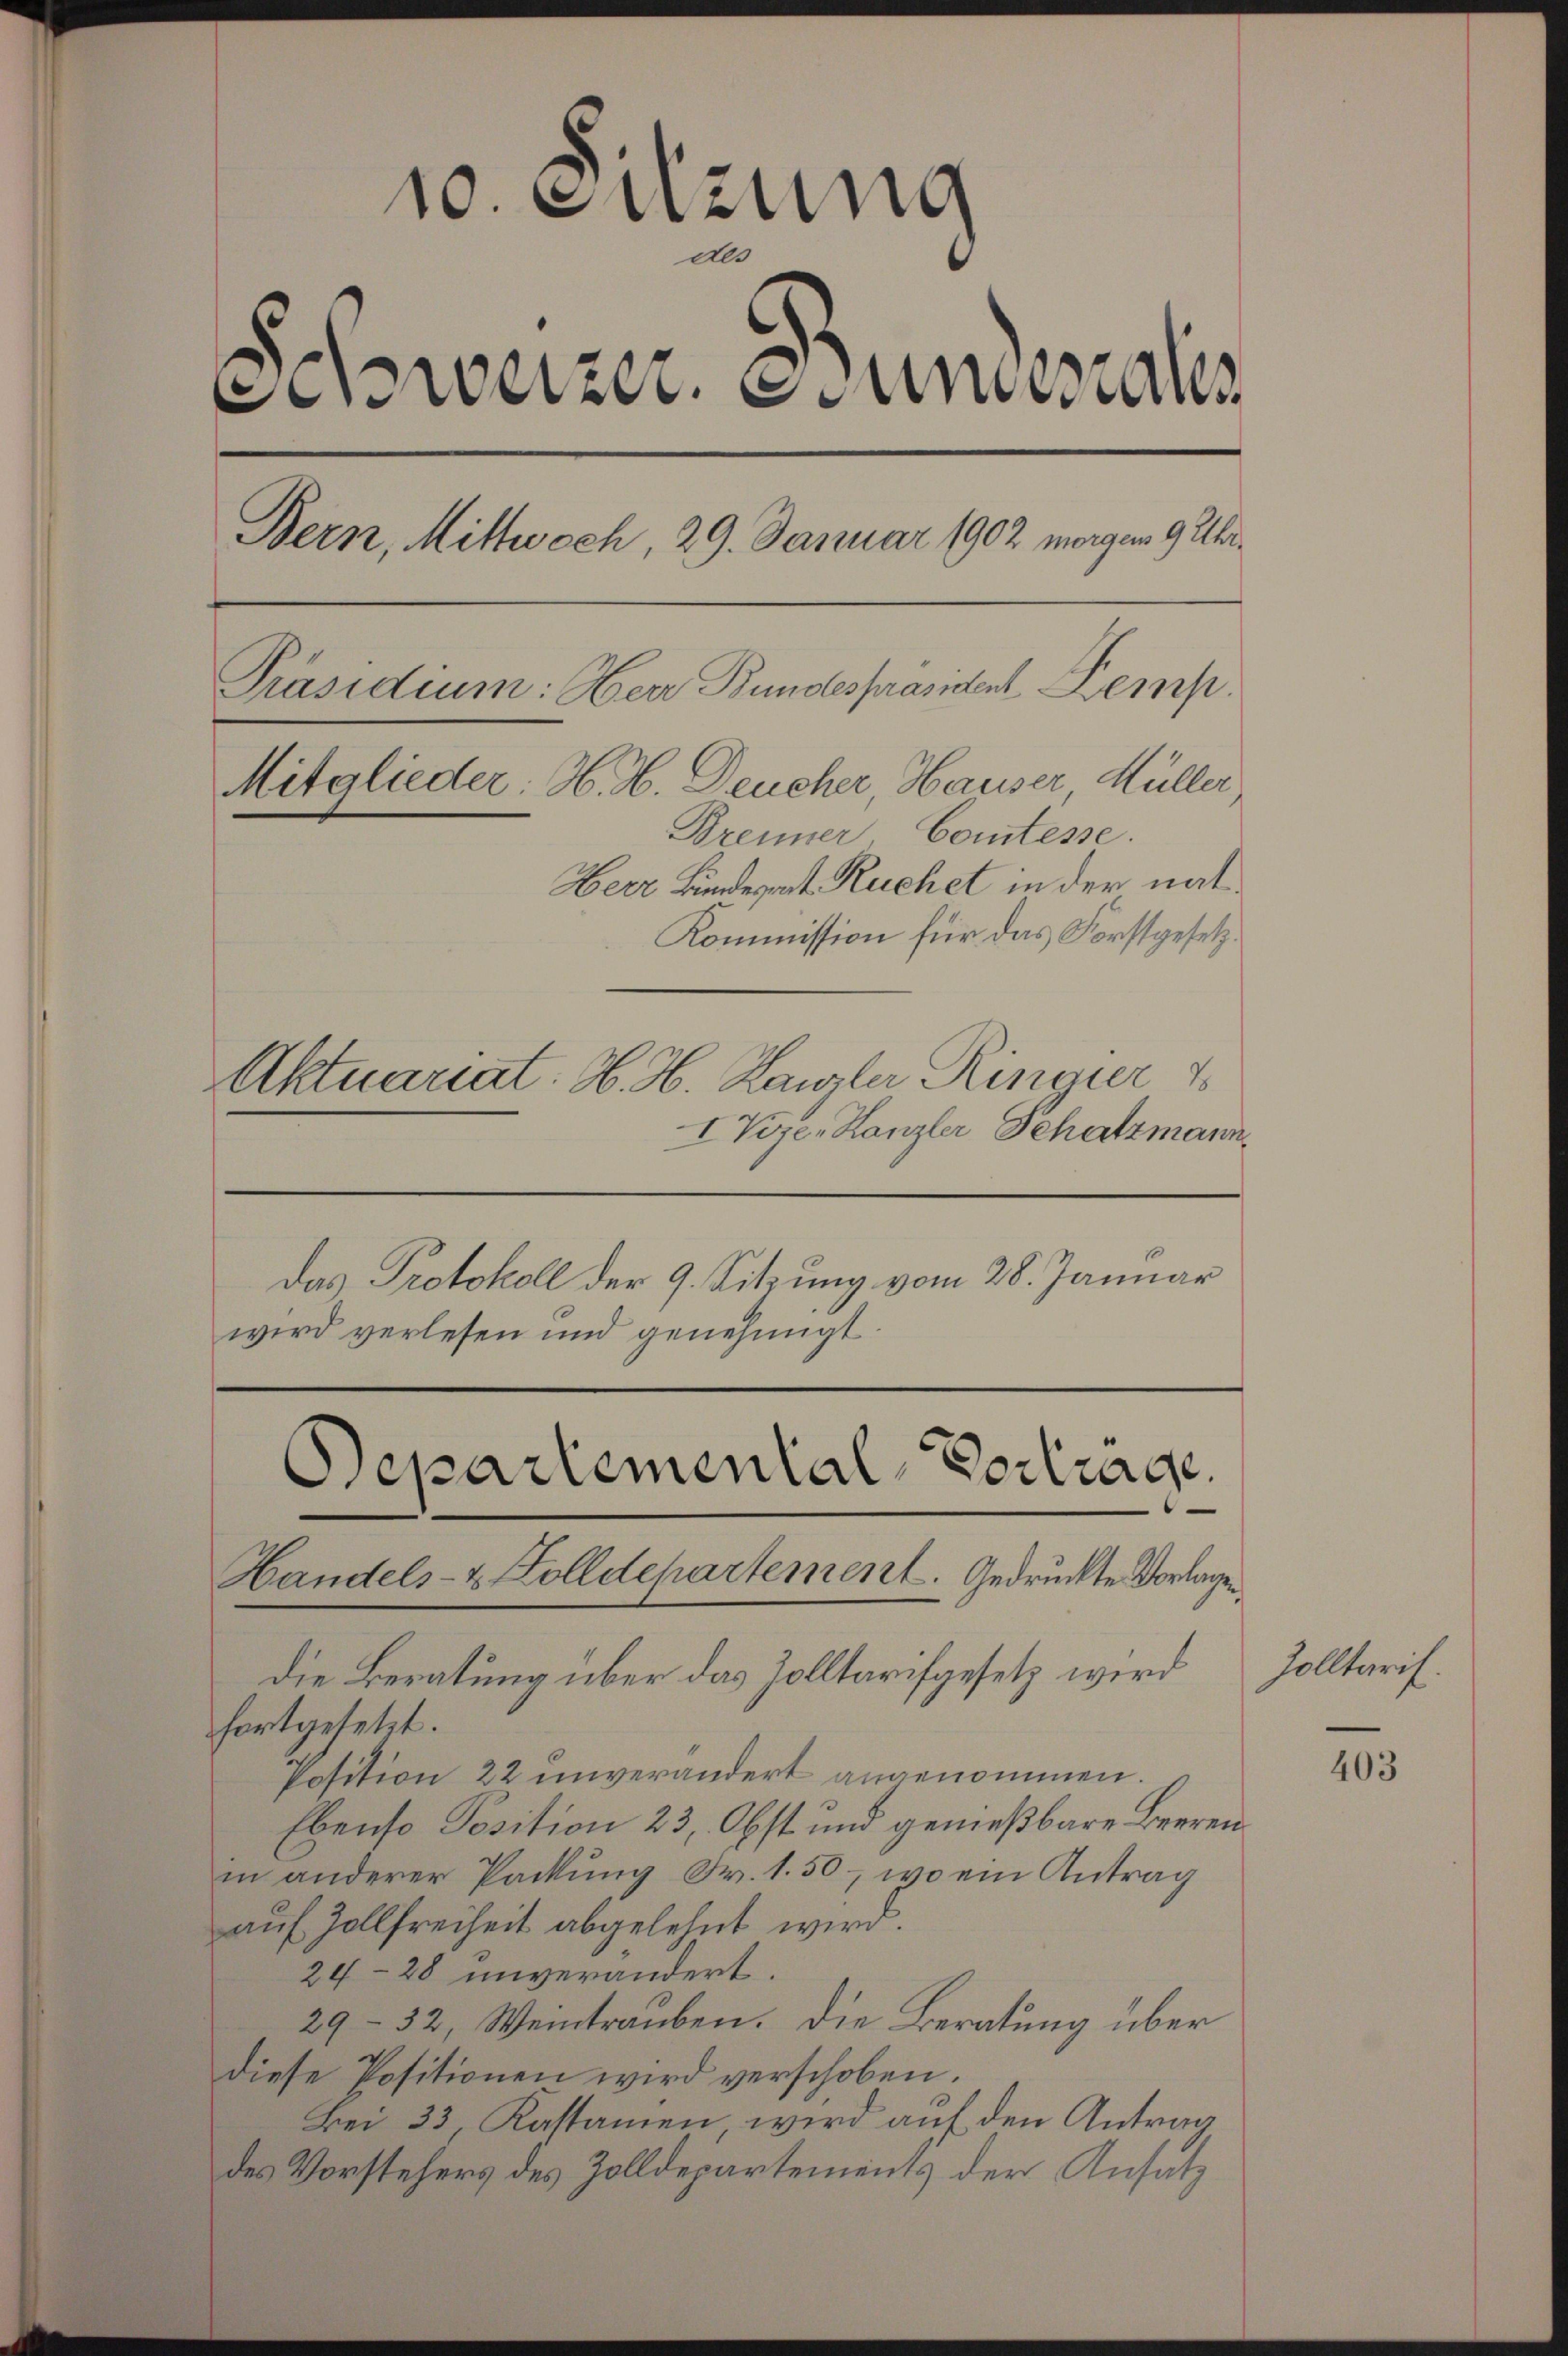
10. Sitzung
Als
Schweizer. Stundesrates
Bern, Mittwoch, 29. Januar 1902 morgen 9 Uhr¬
Präsidium: Herr Bundespräsident Kemp
Mitglieder: H. H. Deucher, Hauser Müller,
Brenner, Comtesse.
Herr Bindesrat Ruchet in der nat
Kommission für das Forstgesetz¬
Aktuariat. H. H. Kanzler Ringier 1
IVize-Kanzler Schatzmann.

Das Protokoll der 9. Sitzung vom 28. Januar
wird verlesen und genehmigt.

Separtemental-Vortrage
Handels- & Zolldepartement. Gedruckte Vorlagen
die Beratung über das Zolltarifgesetz wird

fortgesetzt.
Position 22 unverändert angenommen.
Ebenso Position 23, Obst und genießbare Beerenin anderer Packung Fr. 1.50, wo ein Antrag
auf Zollfreiheit abgelehnt wird.
24-28 unverändert.
29-52, Weintrauben. Die Beratung über
diese Positionen wird verschoben.
Bei 33, Kastamen wird auf den Antrag
des Vorstehers des Zolldepartements der Ansatz

Zolltaris.

403